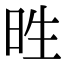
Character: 甠